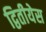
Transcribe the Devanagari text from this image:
द्वितीयेस